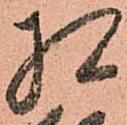
相